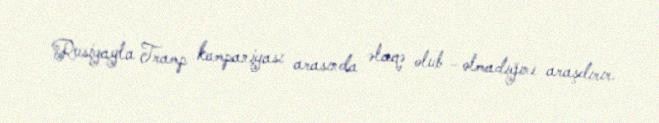
Rusiyayla Tramp kampaniyası arasında əlaqə olub –olmadığını araşdırır.